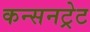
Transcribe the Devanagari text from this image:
कन्सनट्रेट